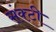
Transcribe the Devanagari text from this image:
संक्टी